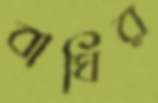
বাঘির